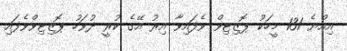
އިއްޔެ 131 މީހަކު ޕޮޒިޓިވް ވެފައިވާ އިރު އޭގެ ކުރީ ދުވަހު ޕޮޒިޓިވްވެފައި